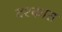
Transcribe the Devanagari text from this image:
दश्कात